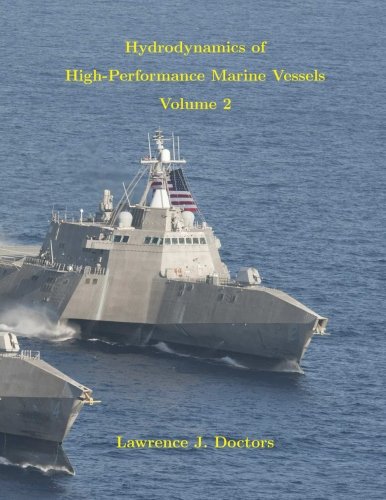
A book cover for Hydrodynamics of High-Performance Marine Vessels: Volume 2; Prof Lawrence J Doctors; Engineering & Transportation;